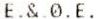
E.&.0.E.